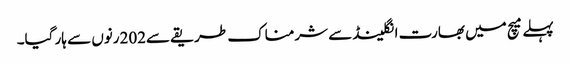
پہلے میچ میں بھارت انگلینڈ سے شرمناک طریقے سے202رنوں سے ہار گیا۔